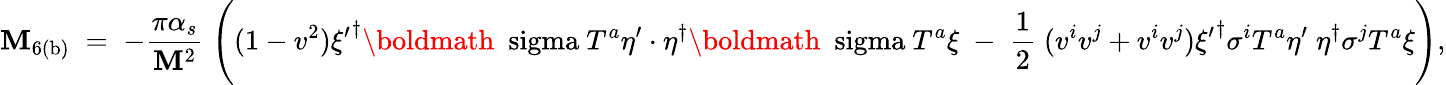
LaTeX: {\cal\mathbf{M}}_{\mathrm{{6(b)}}}\; =\; -{\frac{{\pi\alpha_{s}}}{{\mathbf{M}^{2}}}}\; \Bigg((1-v^{2}){\xi^{\prime}}^{\dagger}\mathrm{{\boldmath~\ sigma~}}T^{a}\eta^{\prime}\cdot\eta^{\dagger}\mathrm{{\boldmath~\ sigma~}}T^{a}\xi\; -\; {\frac{{1}}{{2}}}\; (v^{i}v^{j}+v^{i}v^{j}){\xi^{\prime}}^{\dagger}\sigma^{i}T^{a}\eta^{\prime}\; \eta^{\dagger}\sigma^{j}T^{a}\xi\Bigg),